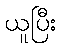
ယူပြီး